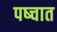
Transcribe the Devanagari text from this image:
पष्चात